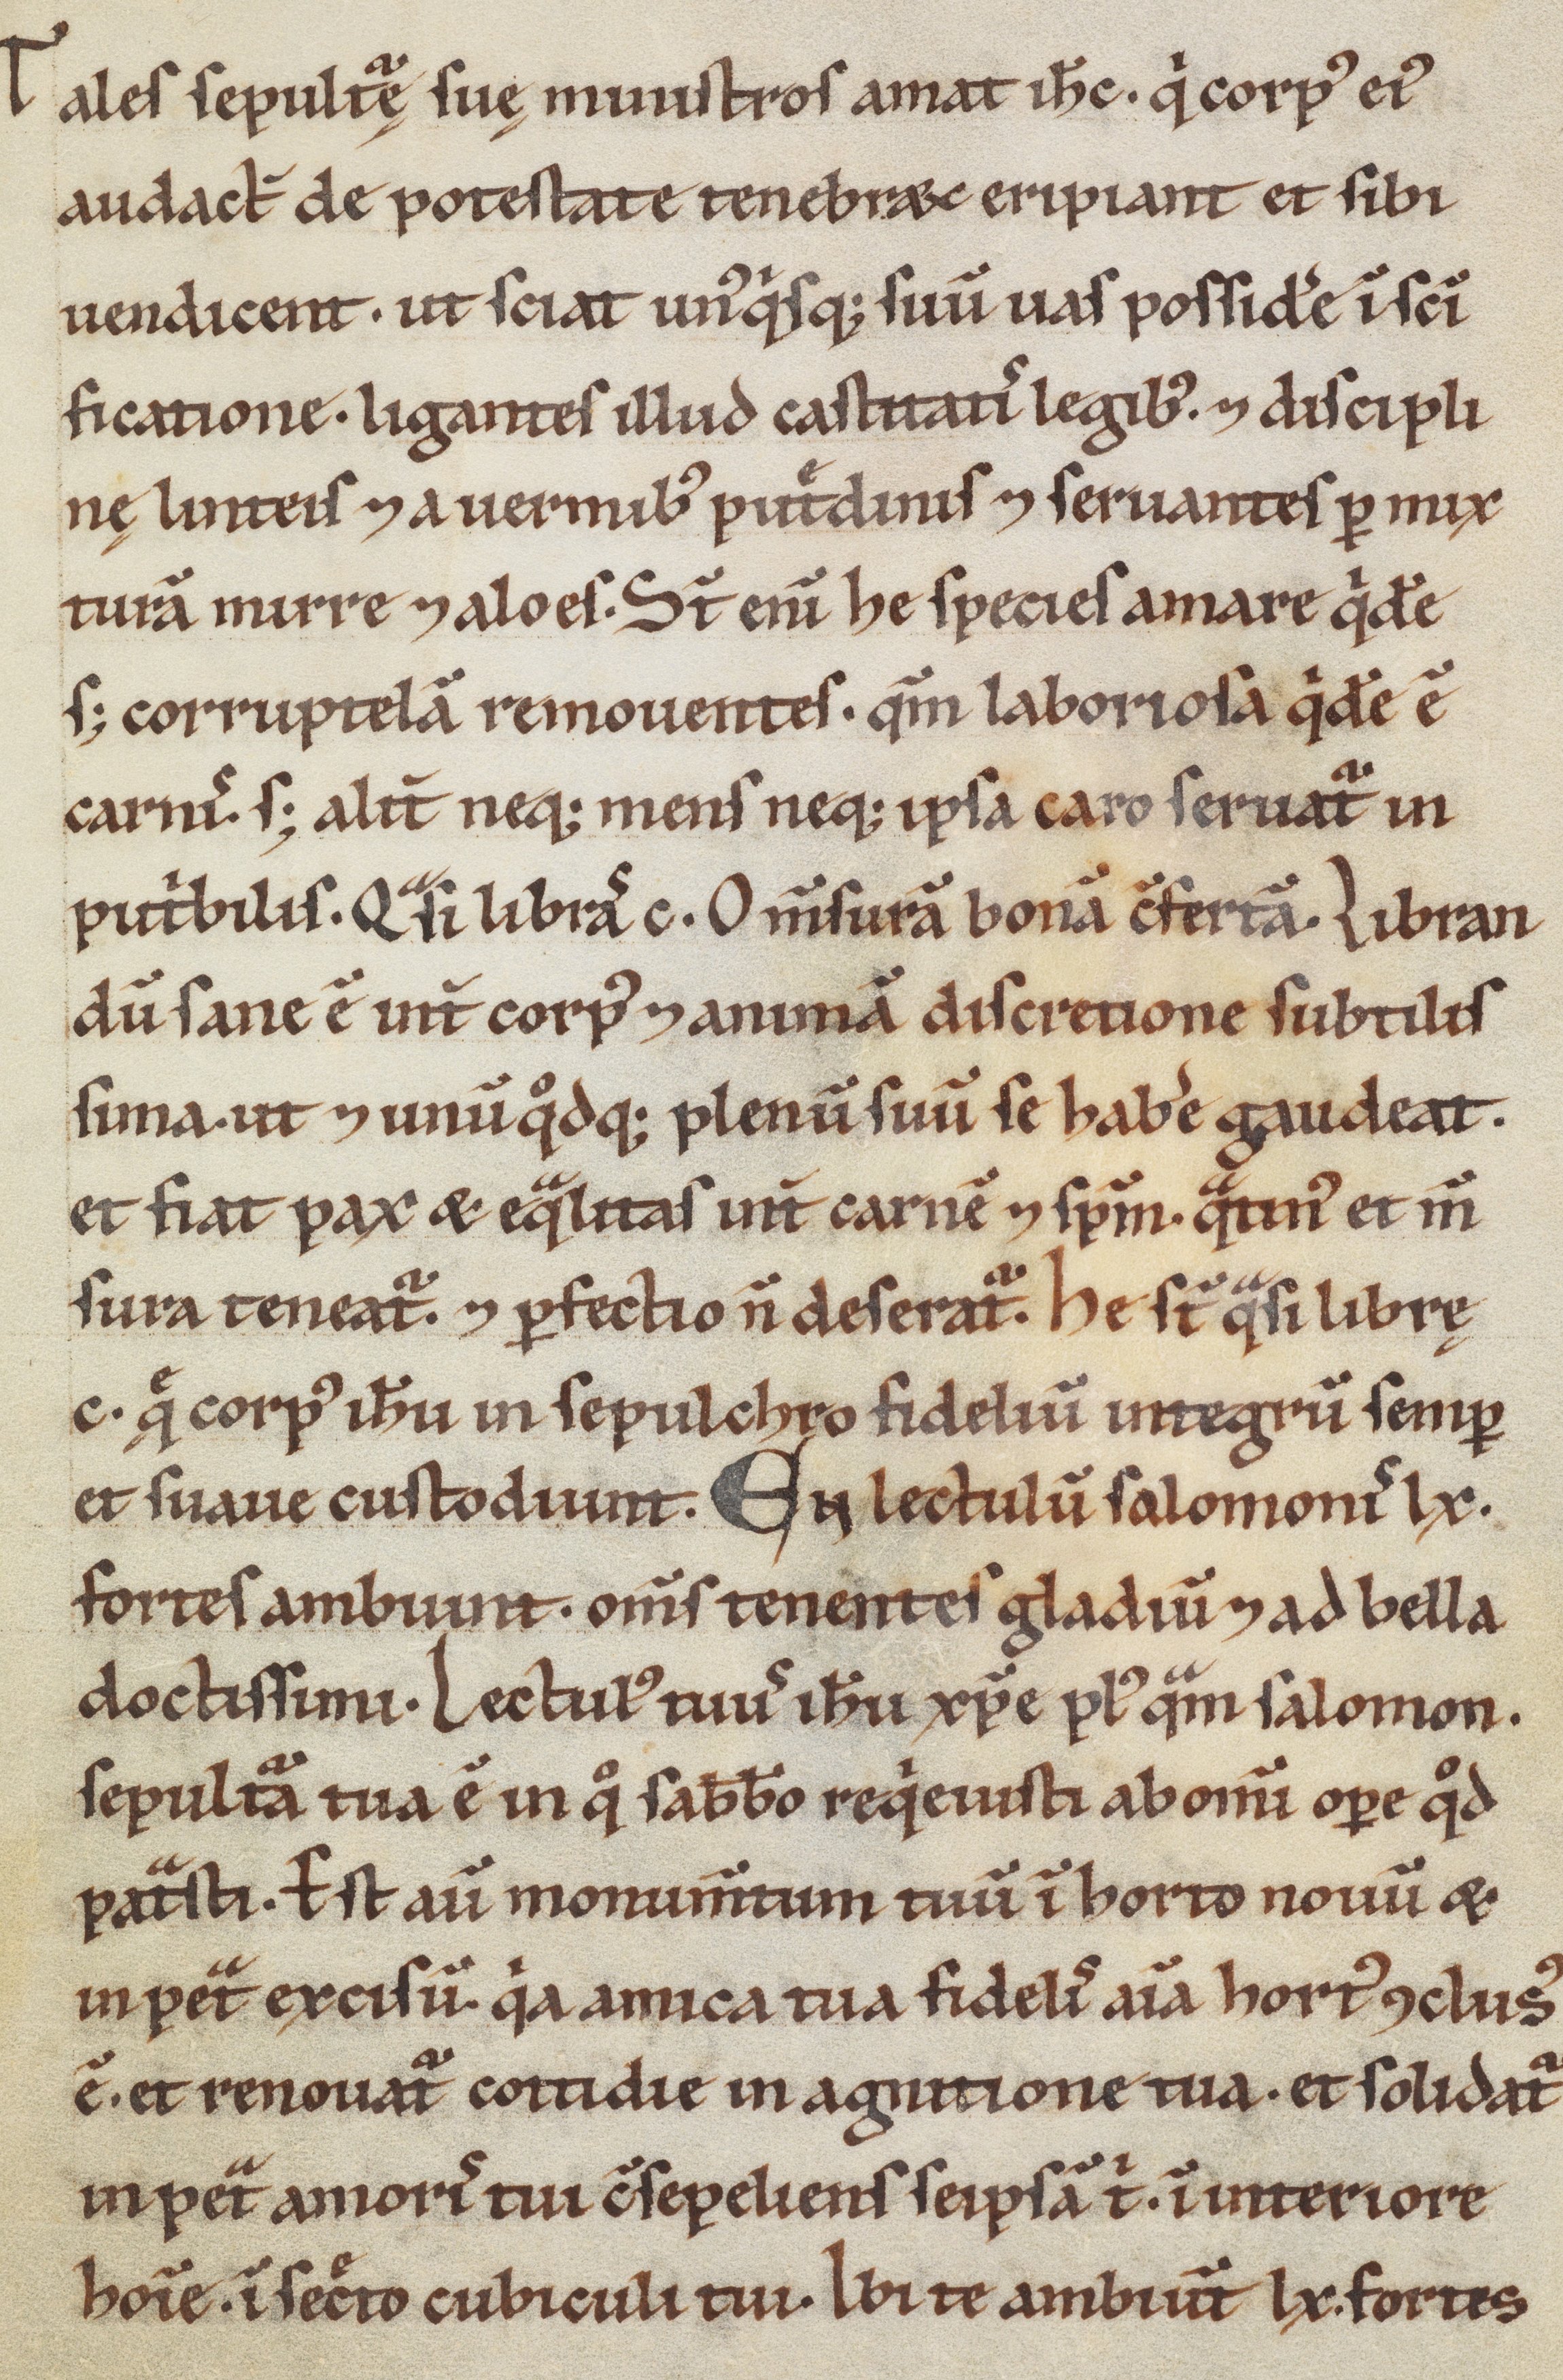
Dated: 900–1099